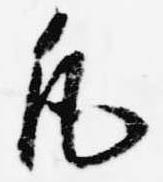
凡